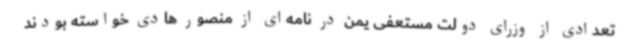
تعدادی از وزرای دولت مستعفی یمن در نامه‌ای از منصور هادی خواسته بودند